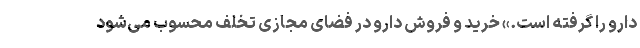
دارو را گرفته است.» خرید و فروش دارو در فضای مجازی تخلف محسوب می‌شود